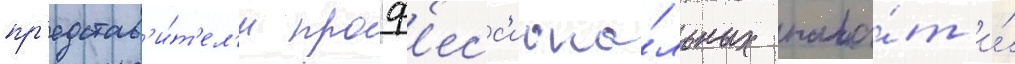
пр'едстав'и́т'ел'и проф'есс'иона́льных пала́т и́